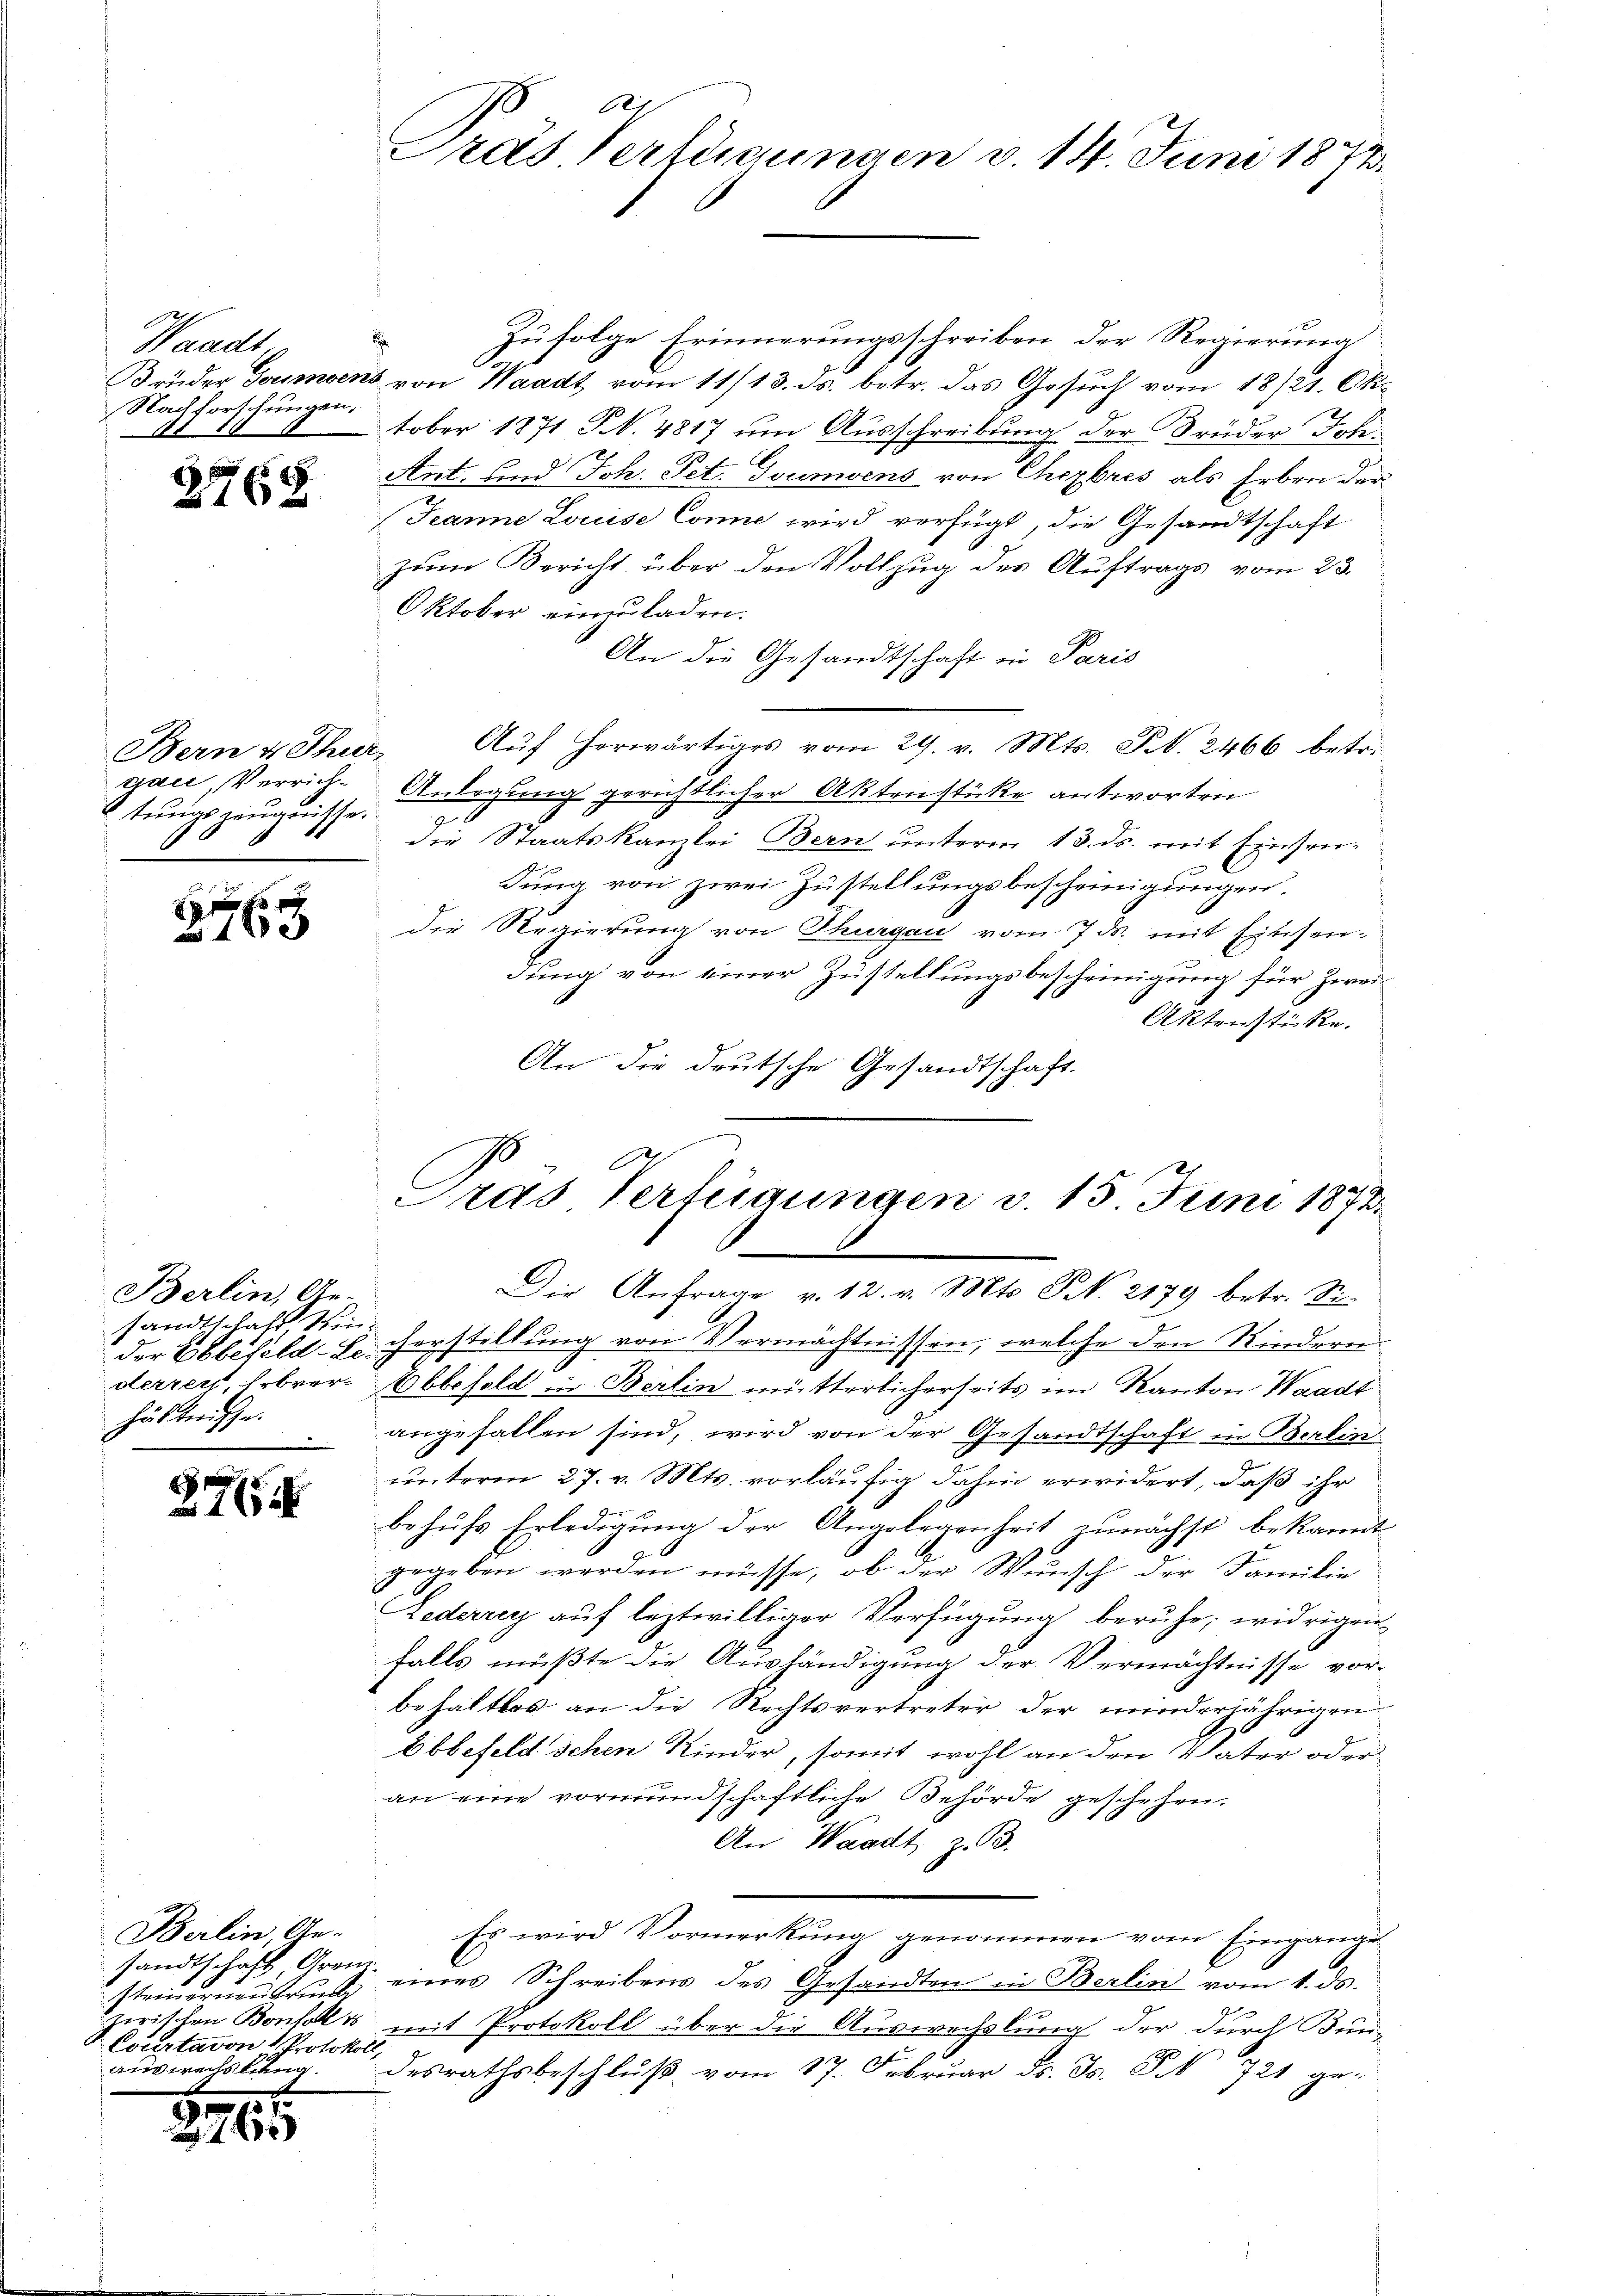
Waadt
Nachforschungen.
7

2768

Bern 4 Thur-
gau, Verrich¬
6tungszeugnisse.

17 x
163

Berlin, Ge-
sandtschaft Win
hältnisse.
.

2

7

Zufolge Erinnerungsschreiben der Regierung
Brüder Goumoens von Waadt vom 11/13. ds. betr. das Gesŭch vom 18/21. Ok-
tober 1871 Fr. 4817 um Ausschreibung der Brüder Joh.
Ant. und Joh. Pet. Goumvens von Chrzbres als Erben der
Jeanne Louise Conne wird verfügt, die Gesandtschaft
zum Bericht über den Vollzug des Auftrags vom 23.
Oktober einzuladen.
An die Gesandtschaft in Paris
Auf herwärtiges vom 29. v. Mts. S. 2466 betr.
Anlegung gerichtlicher Aktenstücke antworten
u
die Staatskanzlei Bern unterm 13. ds. mit Einsen-
dung von zwei Zustellungsbescheinigungen.
die Regierung von Thurgau vom 7. ds. mit Einsendung von einer Zustellungsbescheinigung für Zwei¬
Aktenstücke.
An die deutsche Gesandtschaft.

Berlin, Ge-
sandtschaft Grem
Steinerneubrucke
Cocertavon Protokoll,
Auswechslung.

1765

61
Pras Verfügungen v. 14. Juni 1873.

Gras Verfügungen v. 15. Juni 1873
1
Die Anfrage v. 12. v. Mts. S. 2179 betr. Sie

der Ebbefelder Verstellung von Vermächtnissen, welche den Kinderenderzeyh, hebrer Abbefeld in Berlin mütterlicherseits im Kanton Waadt
angefallen sind, wird von der Gesandtschaft in Berlin
unterm 27. v. Mts. vorläufig dahin erwidert, daß ihr
behufs Erledigung der Angelegenheit zunächst bekannt
gegeben werden müsse, ob der Wunsch der Familie
Lederrey auf leztwilliger Verfügung beruhe, widrigen-
falls müßte die Aushändigung der Vermächtnisse vor-
behaltlos an die Rechtsvertreter der minderjährigen
Ebbefeld schen Kinder, somit wohl an den Vater oder
an eine vormundschaftliche Behörde geschehen.
An Waadt z. B.
Es wird Vormerkung genommen vom Eingangeeines Schreibens des Gesandten in Berlin vom 1. ds.
zwischen Bonsolis mit Protokoll über die Auswechslung der durch Bundesrathsbeschluß vom 17. Februar d. Js. § 721 ge-